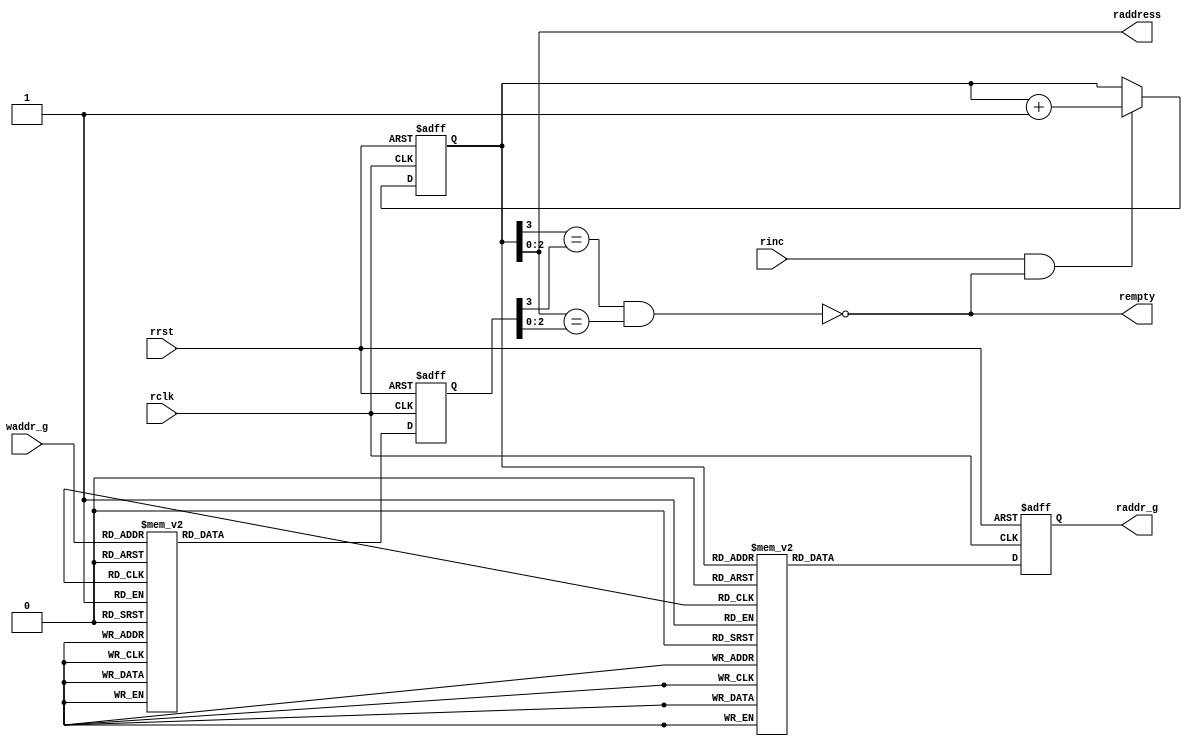
module fifo_rptr #(parameter addr_width = 4) (
  input wire rinc,
  input wire rclk,
  input wire rrst,
  input wire [addr_width-1:0] waddr_g,
  output wire rempty,
  output wire [addr_width-2:0] raddress,
  output reg [addr_width-1:0] raddr_g
  );
  
  reg [addr_width-1:0] raddr;
  reg [addr_width-1:0] waddr;
  wire f_rempty;
  assign rempty = !f_rempty;
  assign raddress = raddr[addr_width-2:0];
  assign f_rempty = ((raddr[3]==waddr[3]) && (raddr[2:0]==waddr[2:0]));
  
  always@(posedge rclk or negedge rrst)
  begin
    if(!rrst)
      begin
        raddr <= 'b0;
      end
    else if (rinc && rempty)
      begin
        raddr <= raddr + 1;
      end
  end
  
  always@(posedge rclk or negedge rrst)
  begin
    if(!rrst)
      begin
        waddr <= 'b0;
      end
    else
    begin
    case (waddr_g)
      'b0000: waddr <= 0;
      'b0001: waddr <= 1;
      'b0011: waddr <= 2;
      'b0010: waddr <= 3;
      'b0110: waddr <= 4;
      'b0111: waddr <= 5;
      'b0101: waddr <= 6;
      'b0100: waddr <= 7;
      'b1100: waddr <= 8;
      'b1101: waddr <= 9;
      'b1111: waddr <= 10;
      'b1110: waddr <= 11;
      'b1010: waddr <= 12;
      'b1011: waddr <= 13;
      'b1001: waddr <= 14;
      'b1000: waddr <= 15;
      default waddr <= 0;
    endcase
  end
  end
  
  always@(posedge rclk or negedge rrst)
  begin
    if(!rrst)
      begin
        raddr_g <= 'b0;
      end
    else
    begin
    case (raddr)
      'b0000: raddr_g <= 0;
      'b0001: raddr_g <= 1;
      'b0010: raddr_g <= 3;
      'b0011: raddr_g <= 2;
      'b0100: raddr_g <= 6;
      'b0101: raddr_g <= 7;
      'b0110: raddr_g <= 5;
      'b0111: raddr_g <= 4;
      'b1000: raddr_g <= 12;
      'b1001: raddr_g <= 13;
      'b1010: raddr_g <= 15;
      'b1011: raddr_g <= 14;
      'b1100: raddr_g <= 10;
      'b1101: raddr_g <= 11;
      'b1110: raddr_g <= 9;
      'b1111: raddr_g <= 8;
      default raddr_g <= 0;
    endcase
  end
  end
endmodule